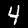
Label: 4